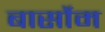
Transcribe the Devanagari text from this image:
बार्सोम